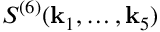
S ^ { ( 6 ) } ( \mathbf { k } _ { 1 } , \ldots , \mathbf { k } _ { 5 } )